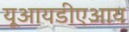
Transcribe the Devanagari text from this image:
यूआयडीएआय